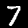
Digit: 7